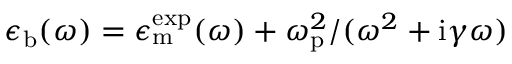
\epsilon _ { \mathrm { b } } ( \omega ) = \epsilon _ { \mathrm { m } } ^ { \mathrm { e x p } } ( \omega ) + \omega _ { \mathrm { p } } ^ { 2 } / ( \omega ^ { 2 } + \mathrm { i } \gamma \omega )